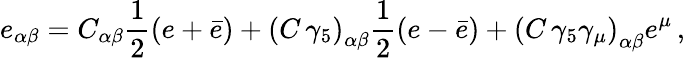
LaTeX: e_{\alpha\beta}=C_{\alpha\beta}{\frac{1}{2}}(e+\bar{e})+\left(C\, \gamma_{5}\right)_{\alpha\beta}{\frac{1}{2}}(e-\bar{e})+\left(C\, \gamma_{5}\gamma_{\mu}\right)_{\alpha\beta}e^{\mu}\, ,